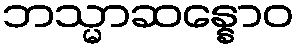
ဘသ္မာဆန္နောဝ